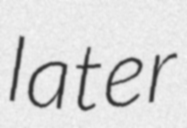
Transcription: later